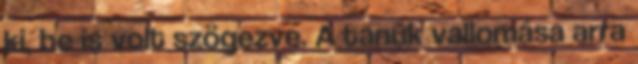
ki, be is volt szögezve. A tanúk vallomása arra